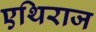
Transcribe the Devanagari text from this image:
एथिराज